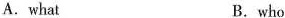
A.what B.who